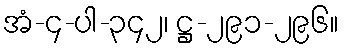
အံ-၄-ပါ-၃၄၂၊ ဋ္ဌ-၂၉၁-၂၉၆။